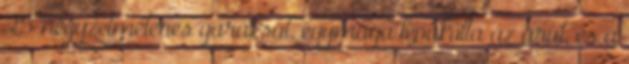
25 négyzetméteres garázsát, egymaga lepakolta az árut, és a